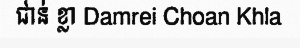
ជាន់ ខ្លា Damrei Choan Khla